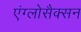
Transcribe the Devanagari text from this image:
एंग्लोसैक्सन